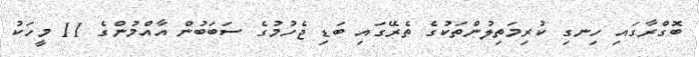
ބޮގްރާގައި ހިނގި ކުރިމަތިލުންތަކުގެ ތެރޭގައި ބަޑި ޖެހުމުގެ ސަބަބުން އާއްމުންގެ 11 މީހަކު